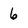
Character: 6